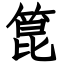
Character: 箟